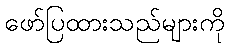
ဖော်ပြထားသည်များကို